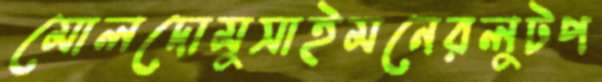
মোলদোমুসাইমনেরলুটপ